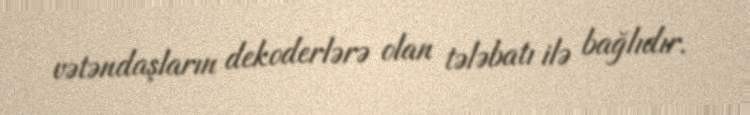
vətəndaşların dekoderlərə olan tələbatı ilə bağlıdır.